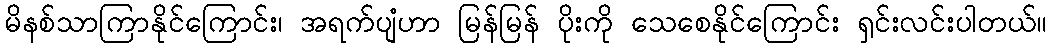
မိနစ်သာကြာနိုင်ကြောင်း၊ အရက်ပျံဟာ မြန်မြန် ပိုးကို သေစေနိုင်ကြောင်း ရှင်းလင်းပါတယ်။